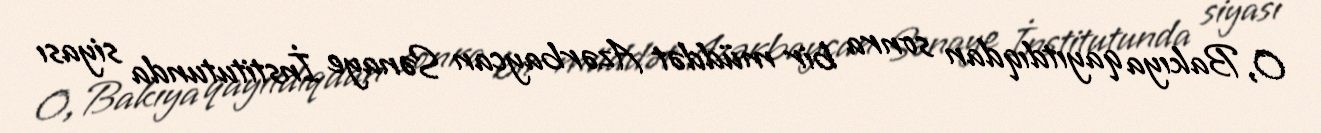
O, Bakıya qayıtdıqdan sonra bir müddət Azərbaycan Sənaye İnstitutunda siyası